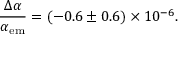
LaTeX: { \frac { \Delta \alpha } { \alpha _ { \mathrm { e m } } } } = \left( - 0 . 6 \pm 0 . 6 \right) \times 1 0 ^ { - 6 } .